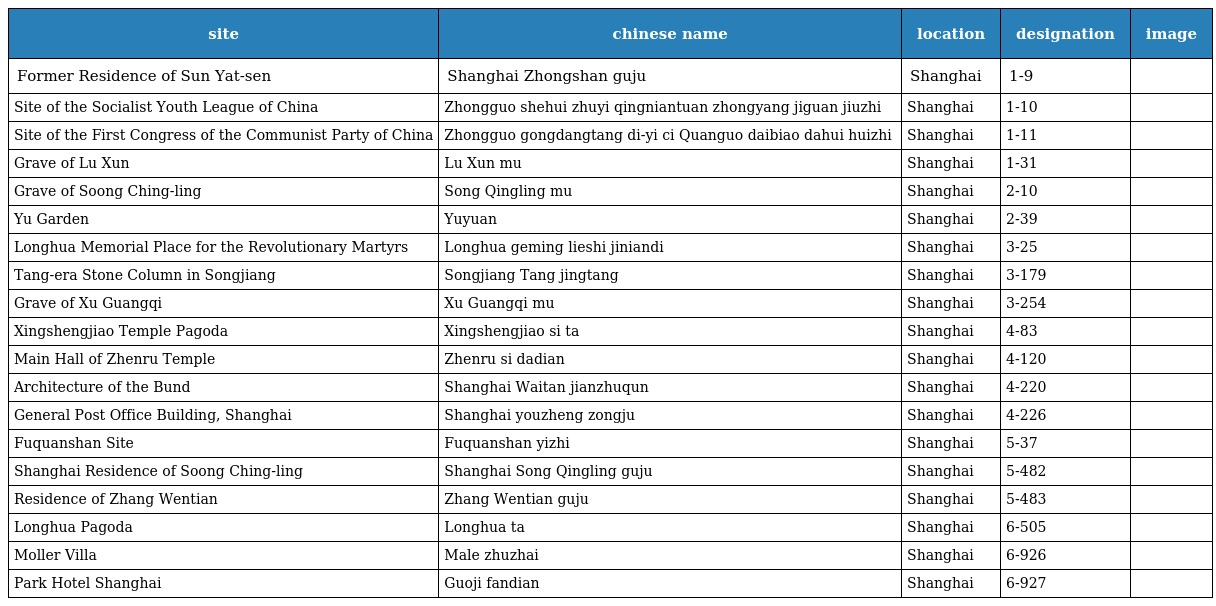
| site | chinese name | location | designation | image |
 | --- | --- | --- | --- | --- |
 | Former Residence of Sun Yat-sen | Shanghai Zhongshan guju 上海中山故居 | Shanghai 上海市 | 1-9 |  |
 | Site of the Socialist Youth League of China | Zhongguo shehui zhuyi qingniantuan zhongyang jiguan jiuzhi 中国社会主义青年团中央机关旧址 | Shanghai 上海市 | 1-10 |  |
 | Site of the First Congress of the Communist Party of China | Zhongguo gongdangtang di-yi ci Quanguo daibiao dahui huizhi 中国共产党第一次全国代表大会会址 | Shanghai 上海市 | 1-11 |  |
 | Grave of Lu Xun | Lu Xun mu 鲁迅墓 | Shanghai 上海市 | 1-31 |  |
 | Grave of Soong Ching-ling | Song Qingling mu 宋庆龄墓 | Shanghai 上海市 | 2-10 |  |
 | Yu Garden | Yuyuan 豫园 | Shanghai 上海市 | 2-39 |  |
 | Longhua Memorial Place for the Revolutionary Martyrs | Longhua geming lieshi jiniandi 龙华革命烈士纪念地 | Shanghai 上海市 | 3-25 |  |
 | Tang-era Stone Column in Songjiang | Songjiang Tang jingtang 松江唐经幢 | Shanghai 上海市 | 3-179 |  |
 | Grave of Xu Guangqi | Xu Guangqi mu 徐光启墓 | Shanghai 上海市 | 3-254 |  |
 | Xingshengjiao Temple Pagoda | Xingshengjiao si ta 兴圣教寺塔 | Shanghai 上海市 | 4-83 |  |
 | Main Hall of Zhenru Temple | Zhenru si dadian 真如寺大殿 | Shanghai 上海市 | 4-120 |  |
 | Architecture of the Bund | Shanghai Waitan jianzhuqun 上海外滩建筑群 | Shanghai 上海市 | 4-220 |  |
 | General Post Office Building, Shanghai | Shanghai youzheng zongju 上海邮政总局 | Shanghai 上海市 | 4-226 |  |
 | Fuquanshan Site | Fuquanshan yizhi 福泉山遗址 | Shanghai 上海市 | 5-37 |  |
 | Shanghai Residence of Soong Ching-ling | Shanghai Song Qingling guju 上海宋庆龄故居 | Shanghai 上海市 | 5-482 |  |
 | Residence of Zhang Wentian | Zhang Wentian guju 张闻天故居 | Shanghai 上海市 | 5-483 |  |
 | Longhua Pagoda | Longhua ta 龙华塔 | Shanghai 上海市 | 6-505 |  |
 | Moller Villa | Male zhuzhai 马勒住宅 | Shanghai 上海市 | 6-926 |  |
 | Park Hotel Shanghai | Guoji fandian 国际饭店 | Shanghai 上海市 | 6-927 |  |